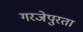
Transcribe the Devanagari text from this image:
गरजेपुरता